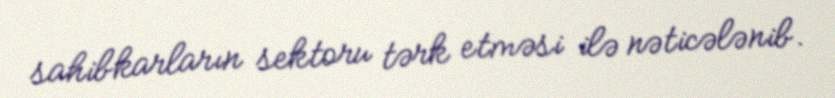
sahibkarların sektoru tərk etməsi ilə nəticələnib.